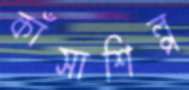
কাঁসাশিল্প